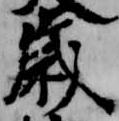
歳